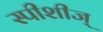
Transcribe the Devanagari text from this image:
स्पीशीज्